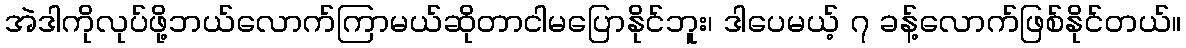
အဲဒါကိုလုပ်ဖို့ဘယ်လောက်ကြာမယ်ဆိုတာငါမပြောနိုင်ဘူး၊ ဒါပေမယ့် ၇ ခန့်လောက်ဖြစ်နိုင်တယ်။